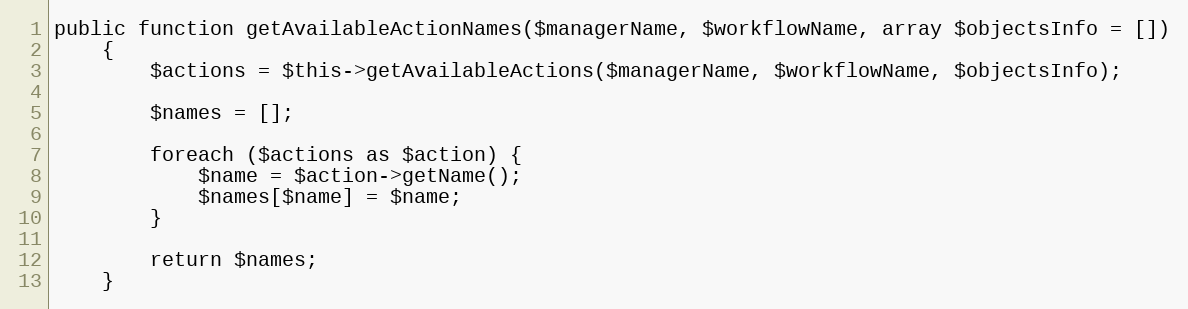
Language: PHP
public function getAvailableActionNames($managerName, $workflowName, array $objectsInfo = [])
    {
        $actions = $this->getAvailableActions($managerName, $workflowName, $objectsInfo);

        $names = [];

        foreach ($actions as $action) {
            $name = $action->getName();
            $names[$name] = $name;
        }

        return $names;
    }